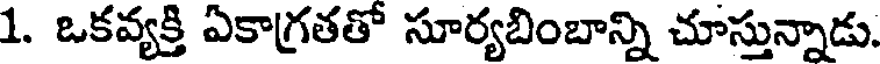
1. ఒకవ్యక్తి ఏకాగ్రతతో సూర్యబింబాన్ని చూస్తున్నాడు.